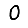
Digit: 0